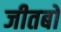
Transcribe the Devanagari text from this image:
जीतबो